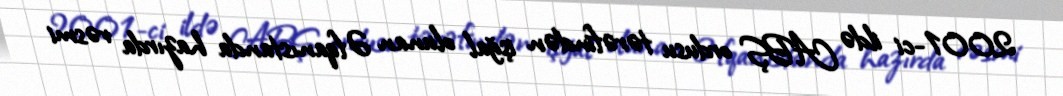
2001-ci ildə ABŞ ordusu tərəfindən işğal olunan Əfqanıstanda hazırda rəsmi